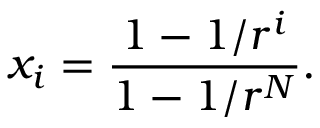
x _ { i } = \frac { 1 - 1 / r ^ { i } } { 1 - 1 / r ^ { N } } .